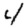
Digit: 4